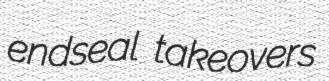
endseal takeovers